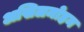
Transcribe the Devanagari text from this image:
अखिलमोहन